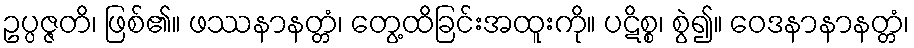
ဥပ္ပဇ္ဇတိ၊ ဖြစ်၏။ ဖဿနာနတ္တံ၊ တွေ့ထိခြင်းအထူးကို။ ပဋိစ္စ၊ စွဲ၍။ ဝေဒနာနာနတ္တံ၊